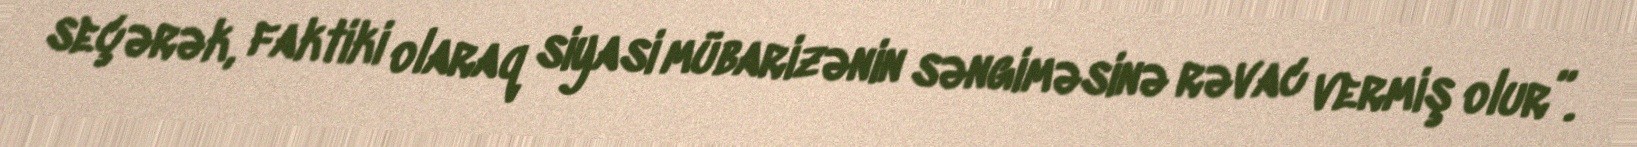
seçərək, faktiki olaraq siyasi mübarizənin səngiməsinə rəvac vermiş olur”.